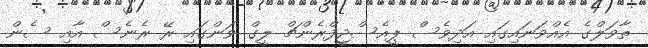
ތާވަލްގެ އެއްވަނައިގައި އަދިވެސް ޕީއެސްޖީފްރެންޗް ލީގް ވަންގައި ރޭ ރެނެސް އާއި ސެން